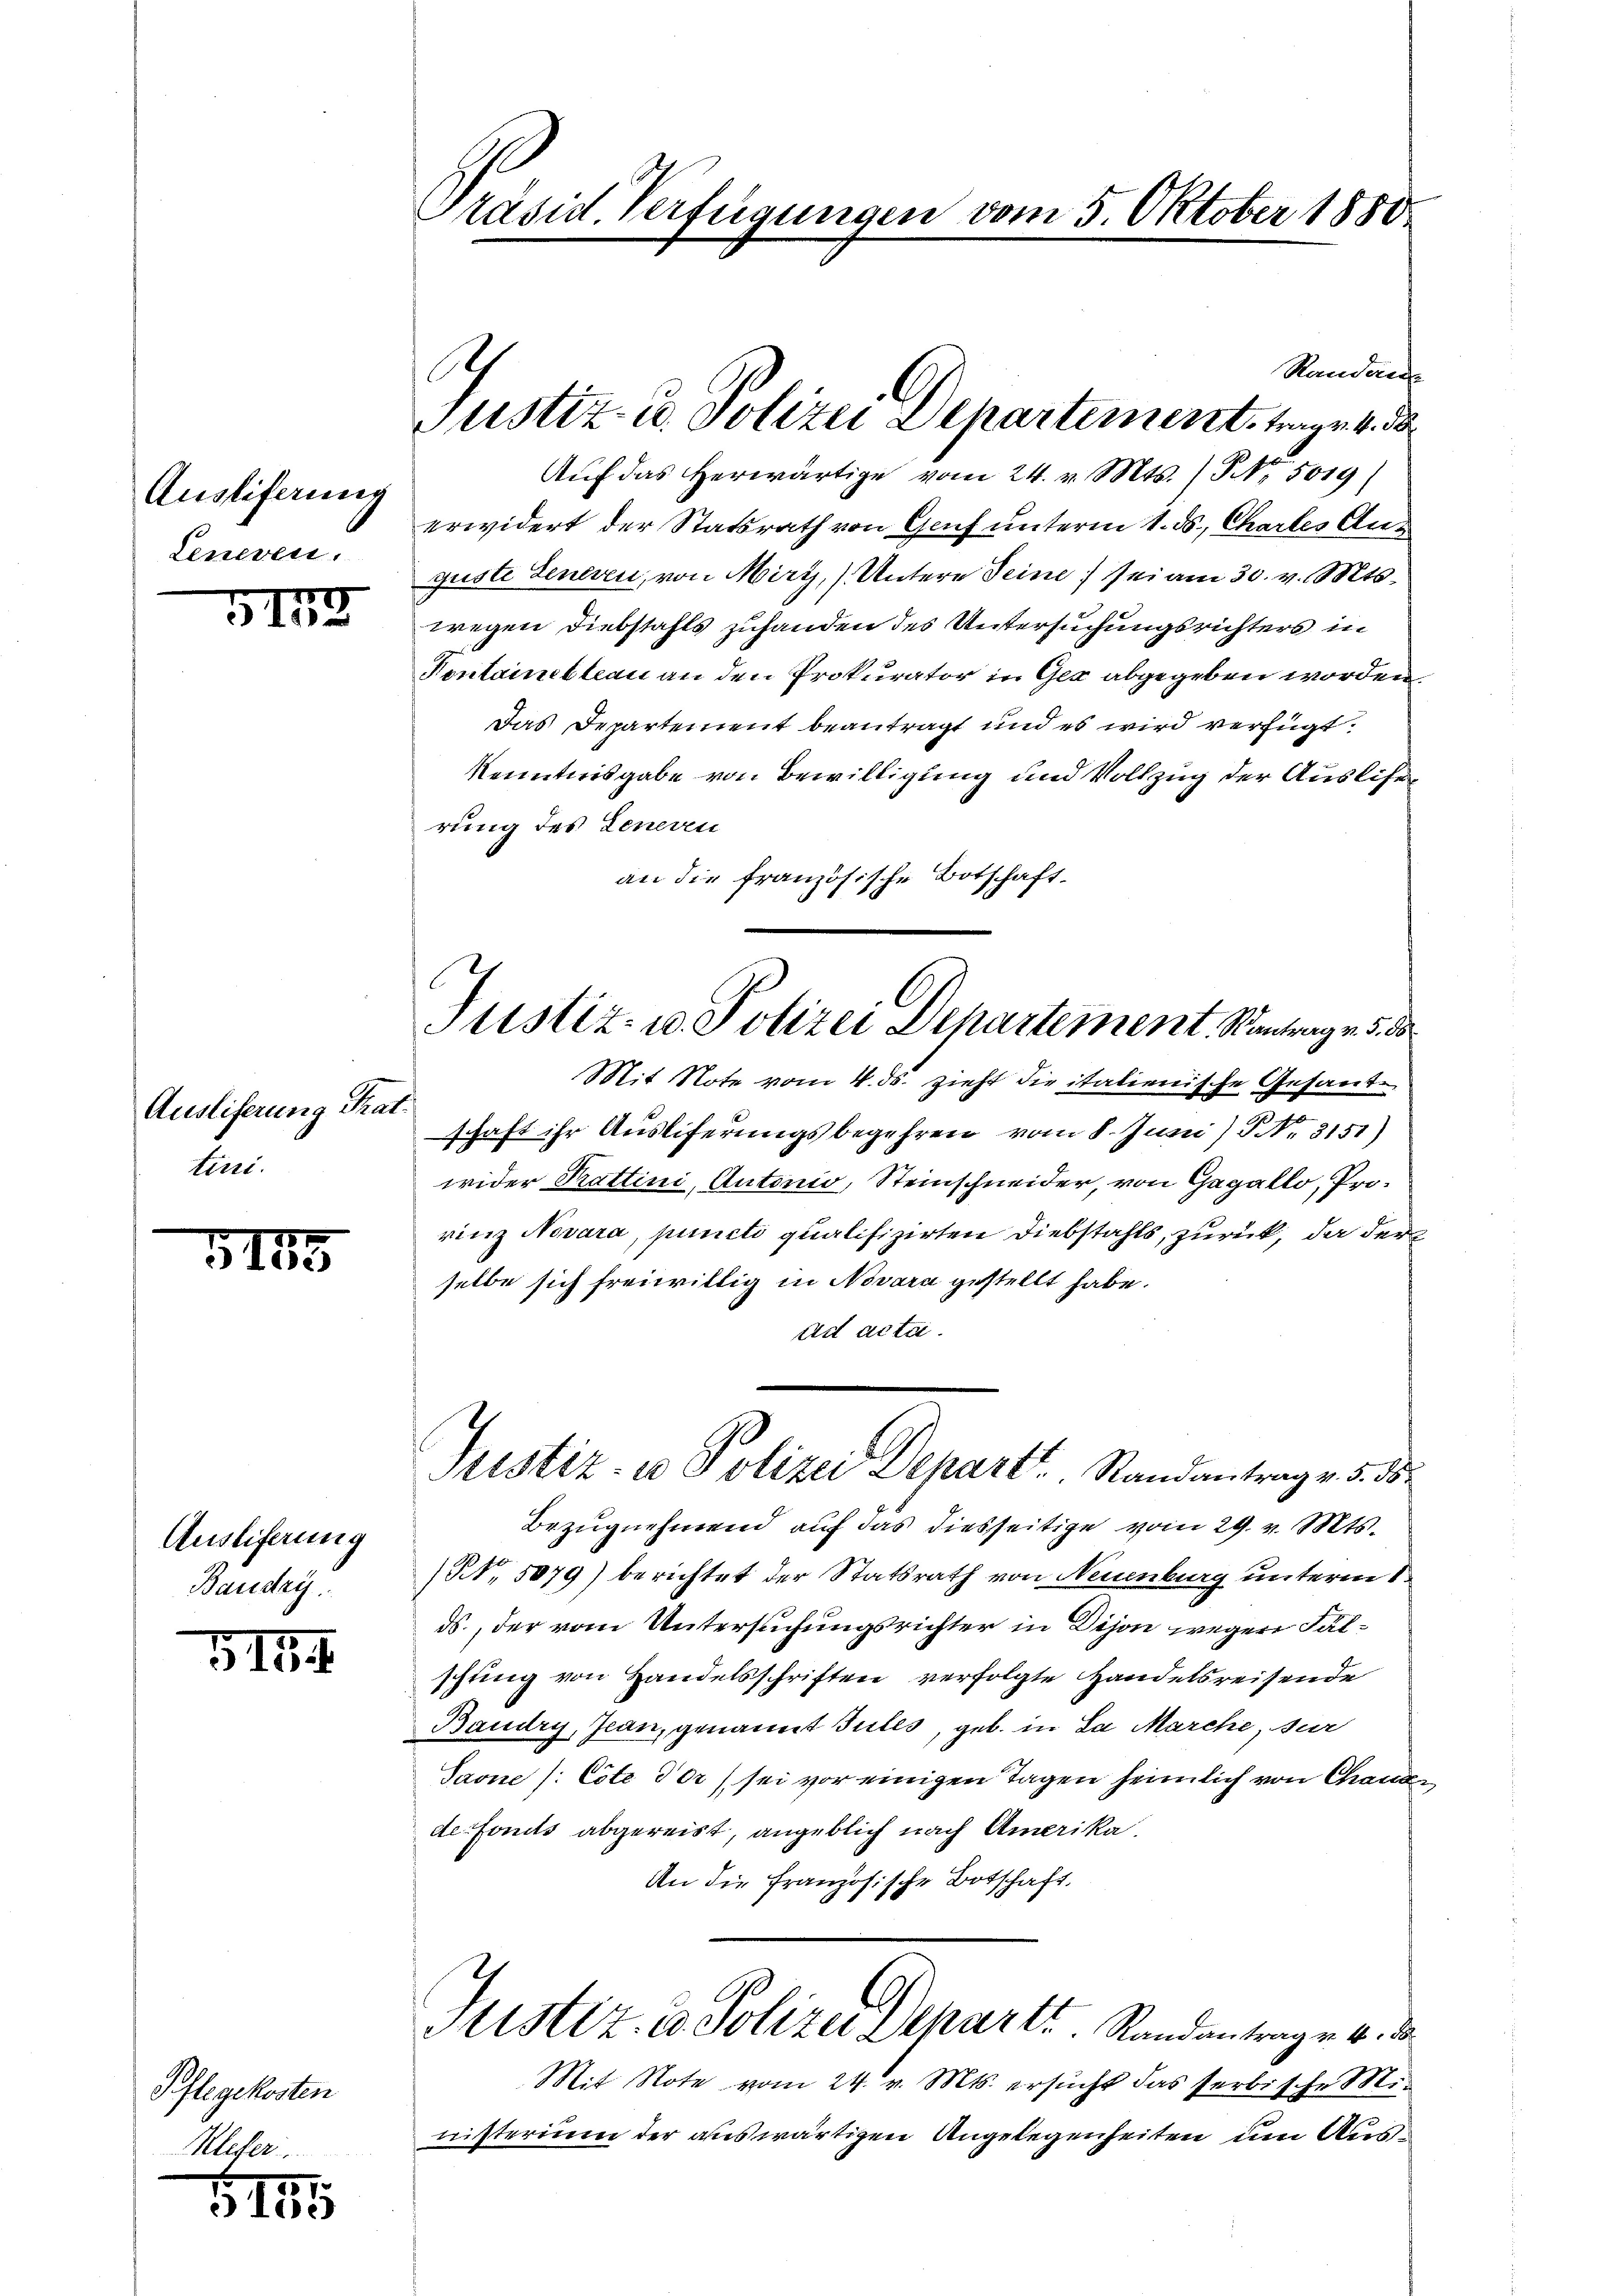
3173

Ausliferung Trat.
tini.

17

Auslieferung
Baudry

114

Pflegekosten
Mleter.

518

Ausliferung
Leneven.

Präsid. Verfügungen vom 5. Oktober 1850

h
Justiz- u. Polizei Departement, trage 4. d

Justiz- u. Polizei Departement. Kantrag v. 5. d
Mit Note vom 4. ds. zieht die italienische Gesand¬

andung
Auf das herwärtige vom 24. v. Mts. / NNo. 5019/
erwidert der Statsrath von Genf unterm 1. ds., Chartes Aus
guste Generen, von Miry, Untere Seine sei am 30. v. Mts.
wegen Diebstahls zuhanden des Untersuchungsrichters in
Pontamibleau an den Prokurator in Ger abgegeben worden
Das Departement beantragt und es wird verfügt:
Kenntnisgabe von Bewilligung und Vollzug der Ausliser
rung des Generen
an die französische Botschaft.
schaft ihr Ausliferungsbegehren vom 8. Juni) NNo. 3151)
wider Kattini, Antonio, Steinschneider, von Gagallo, Prorinz Novara, puncti qualifizirten Diebstahls, zurück, da der
selbe sich freiwillig in Novara gestellt habe.
ad acta.
Justiz- u Polizei Departs Randantrag v. 5. 35
Bezugnehmend auf das diesseitige vom 29. v. Mts.
(Nr. 5079) berichtet der Statsrath von Neuenburg unterm 1
ds., der vom Untersuchungsrichter in Dison wegen Fälschung von Handelsschriften verfolgte Handelsreisende
Baudry, Jean, genannt Gutes, geb. in Sa Marche, dur
Saone /: Cote der sei vor einigen Tagen heimlich von Chaus
defonds abgereist, angeblich nach Amerika.
An die französische Botschaft.
Justiz- & Polizei Scharte Randantrag v. 4. d.
Mit Note vom 24. v. Mts. ersucht das serbische Mi-
nisterium der auswärtigen Angelegenheiten um Aus¬